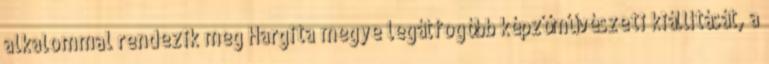
alkalommal rendezik meg Hargita megye legátfogóbb képzőművészeti kiállítását, a